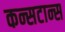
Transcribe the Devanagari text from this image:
कन्सटान्स